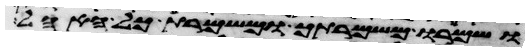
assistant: ושמרו משמרתך ומשמרת כל האהל